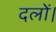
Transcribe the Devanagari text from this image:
दलों।